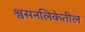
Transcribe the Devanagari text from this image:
श्वसनलिकेतील